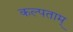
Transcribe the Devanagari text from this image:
कल्पताम्